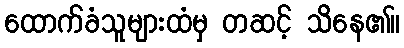
ထောက်ခံသူများထံမှ တဆင့် သိနေ၏။